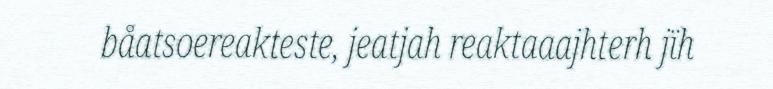
båatsoereakteste, jeatjah reaktaaajhterh jïh